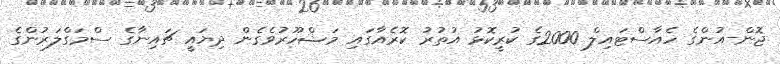
ޖޮން-އުންގެ ހެއާސްޓައިލް 2000ގެ ކުރީކޮޅު އުތުރު ކޮރެއާގައި މަޝްހޫރުވެގެން ދިޔައީ ޗައިނާގެ ސްމަގްލަރުންގެ